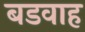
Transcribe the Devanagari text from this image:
बडवाह